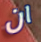
ان